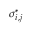
\boldsymbol { \sigma } _ { i , j } ^ { * }